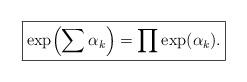
LaTeX: \begin{align*}\boxed{\exp\Bigl(\sum\alpha_k\Bigr)=\prod\exp(\alpha_k).}\end{align*}